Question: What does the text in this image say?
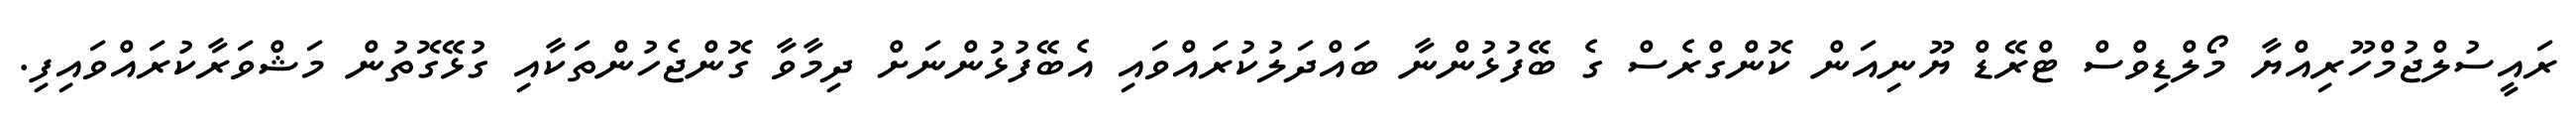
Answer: ރައީސުލްޖުމްހޫރިއްޔާ މޯލްޑިވްސް ޓްރޭޑް ޔޫނިއަން ކޮންގްރެސް ގެ ބޭފުޅުންނާ ބައްދަލުކުރައްވައި އެބޭފުޅުންނަށް ދިމާވާ ގޮންޖެހުންތަކާއި ގުޅޭގޮތުން މަޝްވަރާކުރައްވައިފި.